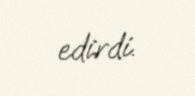
edirdi.